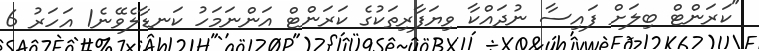
"ކަރަންޓް ބިލަށް ފައިސާ ނުދައްކާ ވިޔަފާރިތަކުގެ ކަރަންޓް އަންނަމަހު ކަނޑާލެވޭނެ1 އަހަރު 6